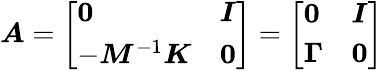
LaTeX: \boldsymbol{A}=\left[\begin{array}{ll}{\boldsymbol{0}}&{\boldsymbol{I}}\\ {-\boldsymbol{M}^{-1}\boldsymbol{K}}&{\boldsymbol{0}}\end{array}\right]=\left[\begin{array}{ll}{\boldsymbol{0}}&{\boldsymbol{I}}\\ {\boldsymbol{\Gamma}}&{\boldsymbol{0}}\end{array}\right]